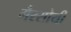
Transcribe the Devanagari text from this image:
गैरसोयी